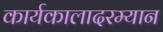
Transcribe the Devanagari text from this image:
कार्यकालादरम्यान